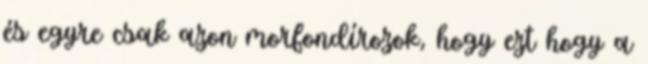
és egyre csak azon morfondírozok, hogy ezt hogy a